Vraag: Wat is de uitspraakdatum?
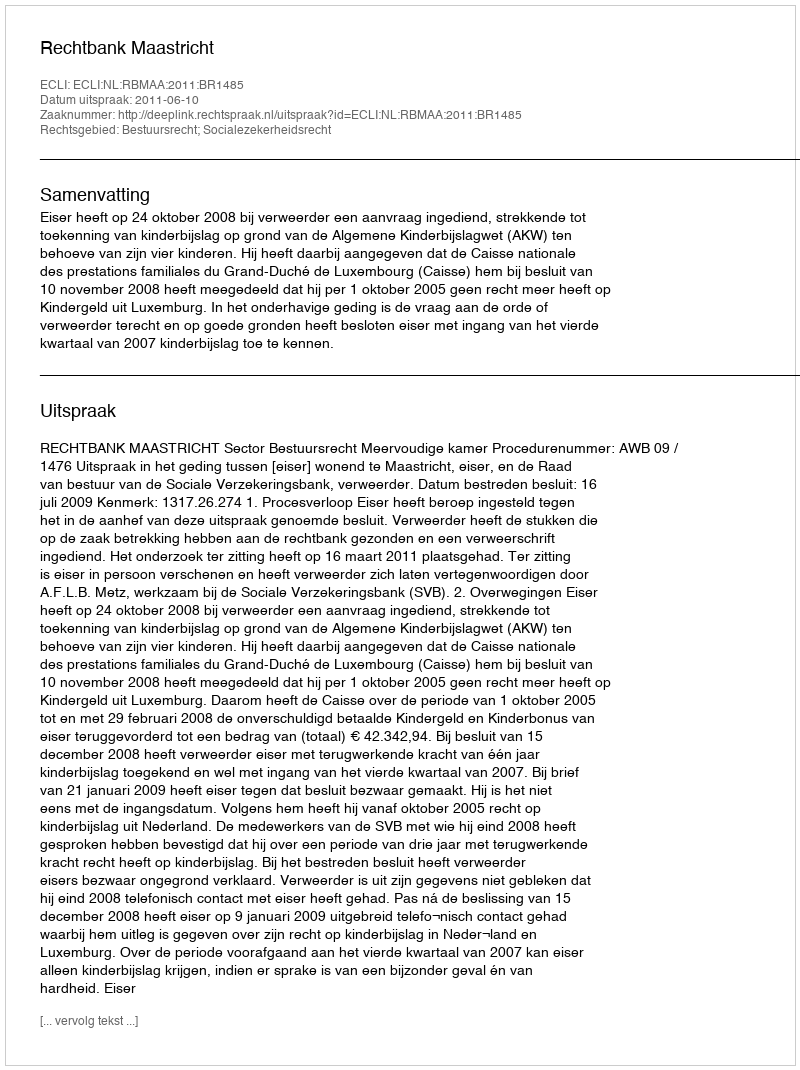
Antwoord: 2011-06-10